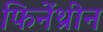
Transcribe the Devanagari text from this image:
फिनेंथ्रीन